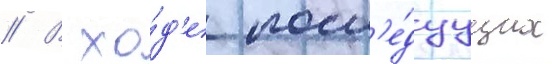
// В хо́д'е посл'е́дуущих